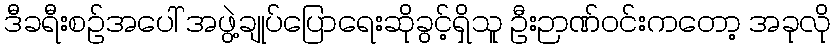
ဒီခရီးစဉ်အပေါ် အဖွဲ့ချုပ်ပြောရေးဆိုခွင့်ရှိသူ ဦးဉာဏ်ဝင်းကတော့ အခုလို